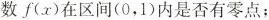
数f(x)在区间(0，1)内是否有零点；